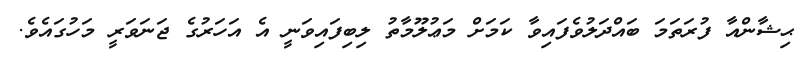
ޙިޝާންއާ ފުރަތަމަ ބައްދަލުވެފައިވާ ކަމަށް މަޢުލޫމާތު ލިބިފައިވަނީ އެ އަހަރުގެ ޖަނަވަރީ މަހުގައެވެ.